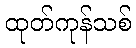
ထုတ်ကုန်သစ်